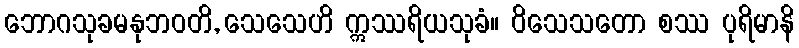
ဘောဂသုခမနုဘဝတိ, သေသေဟိ ဣဿရိယသုခံ။ ဝိသေသတော စဿ ပုရိမာနိ